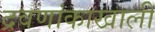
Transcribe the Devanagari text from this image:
द्रवणांकाखाली